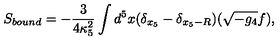
S _ { b o u n d } = - \frac { 3 } { 4 \kappa _ { 5 } ^ { 2 } } \int d ^ { 5 } x ( \delta _ { x _ { 5 } } - \delta _ { x _ { 5 } - R } ) ( \sqrt { - g _ { 4 } } f ) ,